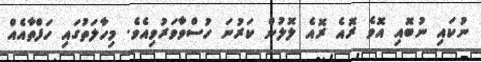
ނުކައި ނުބޮއި އޮވެ ރޮއެ ރޮއެ ލޮލުން ކަރުނަ ހުސްވާވަރުވިއެވެ. މިހާލަތުގައި ހަފްތާއެއް